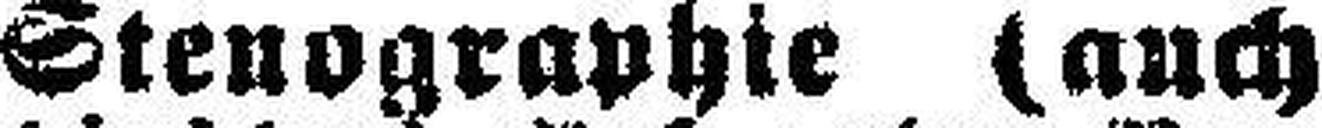
Stenographie (auch